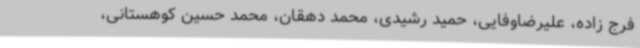
فرج زاده، علیرضاوفایی، حمید رشیدی، محمد دهقان، محمد حسین کوهستانی،